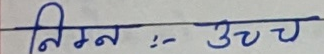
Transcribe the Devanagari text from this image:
निम्न : उच्च